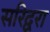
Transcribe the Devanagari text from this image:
सरिद्वरा